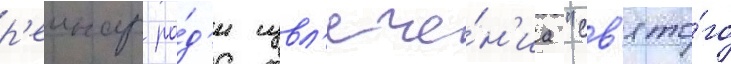
р'еинар ра́д'и извл'ече́н'иа "св'ято́го